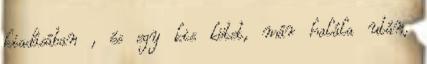
kiadásában , és egy kis kötet, már halála után,